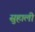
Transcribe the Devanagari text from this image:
सुहाली